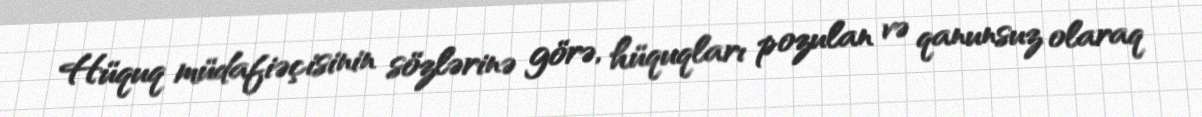
Hüquq müdafiəçisinin sözlərinə görə, hüquqları pozulan və qanunsuz olaraq